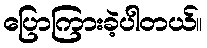
ပြောကြားခဲ့ပါတယ်။